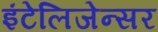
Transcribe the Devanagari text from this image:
इंटेलिजेन्सर